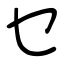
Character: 乜